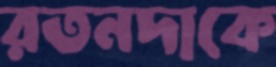
রতনদাকে